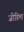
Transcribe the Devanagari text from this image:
जीडिमा